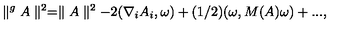
\parallel ^ { g } A \parallel ^ { 2 } = \parallel A \parallel ^ { 2 } - 2 ( \nabla _ { i } A _ { i } , \omega ) + ( 1 / 2 ) ( \omega , M ( A ) \omega ) + . . . ,